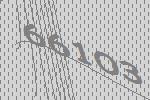
66103